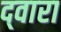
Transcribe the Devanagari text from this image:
द्‍वारा